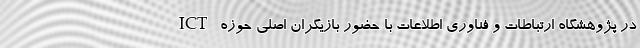
در پژوهشگاه ارتباطات و فناوری اطلاعات با حضور بازیگران اصلی حوزه ICT